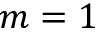
m = 1